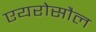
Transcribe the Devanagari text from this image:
एयरोसौल